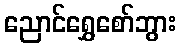
ညောင်ရွှေစော်ဘွား